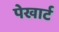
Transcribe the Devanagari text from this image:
पेखार्ट